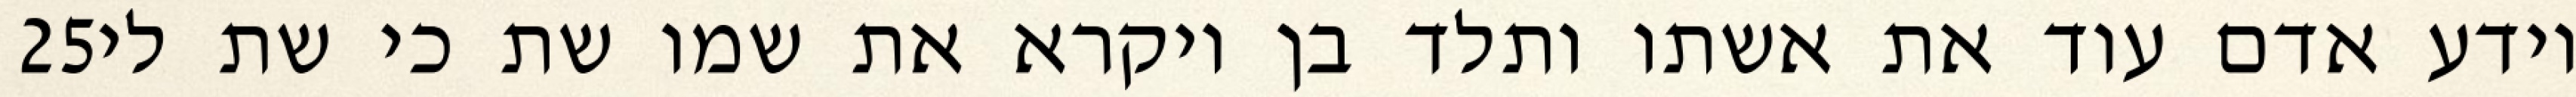
‎25‏ וידע אדם עוד את אשתו ותלד בן ויקרא את שמו שת כי שת לי